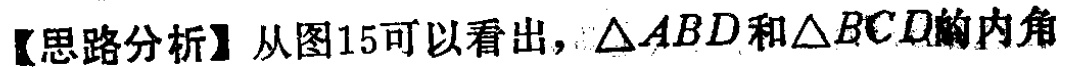
【思路分析】从图15可以看出，\(\triangle ABD\)和\(\triangle BCD\)的内角